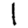
Digit: 1